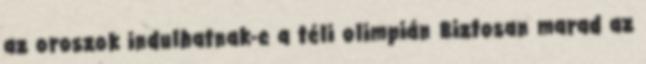
az oroszok indulhatnak-e a téli olimpián Biztosan marad az